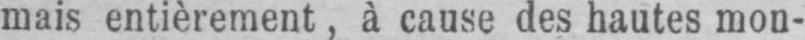
mais entièrement, à cause des hautes mon-